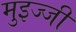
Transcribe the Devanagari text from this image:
मुइज्जी